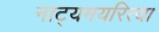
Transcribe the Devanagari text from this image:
नाट्यमयरित्या